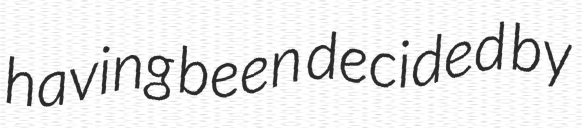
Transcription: having been decided by